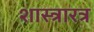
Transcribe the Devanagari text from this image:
शास्त्रारत्र